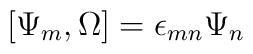
[\Psi_m, \Omega] = \epsilon_{mn} \Psi_n